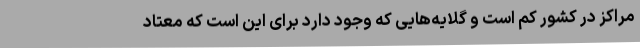
مراکز در کشور کم است و گلایه‌هایی که وجود دارد برای این است که معتاد